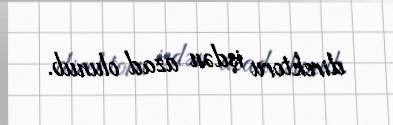
direktoru işdən azad olunub.